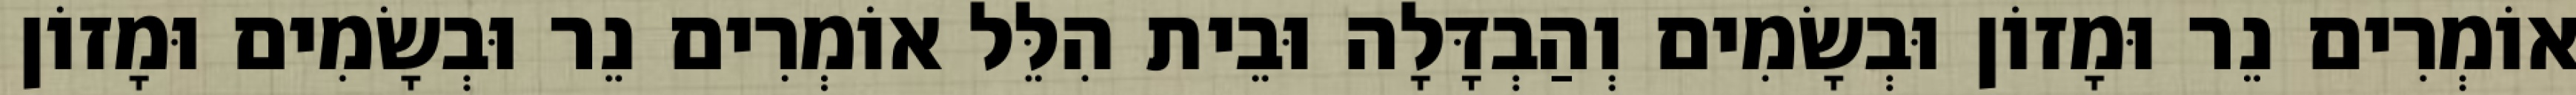
אוֹמְרִים נֵר וּמָזוֹן וּבְשָׂמִים וְהַבְדָּלָה וּבֵית הִלֵּל אוֹמְרִים נֵר וּבְשָׂמִים וּמָזוֹן